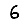
Digit: 6